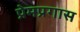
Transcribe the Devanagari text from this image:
प्रेमप्रगास